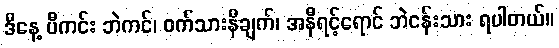
ဒီနေ့ ပီကင်း ဘဲကင်၊ ဝက်သားနီချက်၊ အနီရင့်ရောင် ဘဲငန်းသား ရပါတယ်။